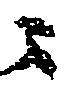
ニ